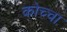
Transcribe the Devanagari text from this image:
कोच्चा